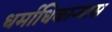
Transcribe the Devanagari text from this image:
धर्माधिकार्‍यास